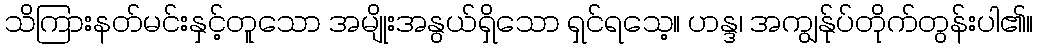
သိကြားနတ်မင်းနှင့်တူသော အမျိုးအနွယ်ရှိသော ရှင်ရသေ့။ ဟန္ဒ၊ အကျွန်ုပ်တိုက်တွန်းပါ၏။